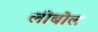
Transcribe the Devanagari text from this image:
लीबोल